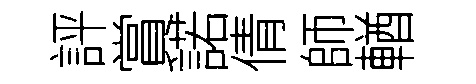
評賞諾倩師輶